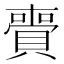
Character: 賷